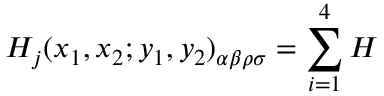
H _ { j } ( x _ { 1 } , x _ { 2 } ; y _ { 1 } , y _ { 2 } ) _ { \alpha \beta \rho \sigma } = \sum _ { i = 1 } ^ { 4 } { \cal H }